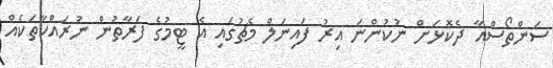
ސަންތޯސްއާ ދެކޮޅަށް ނުކުންނަ އިރު ފައިނަލް މެޗުގައި އެ ޓީމުގެ ފަރާތުން ނުރައްކާތަކެއް